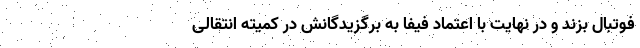
فوتبال بزند و در نهایت با اعتماد فیفا به برگزیدگانش در کمیته انتقالی